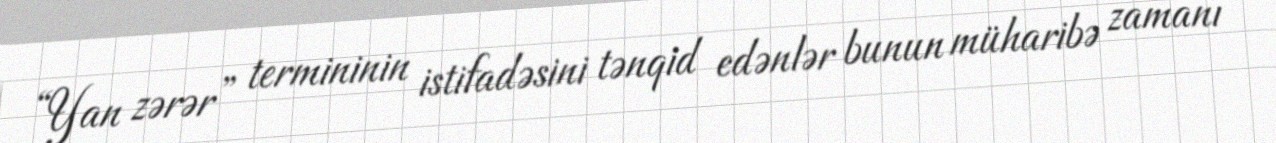
“Yan zərər” termininin istifadəsini tənqid edənlər bunun müharibə zamanı